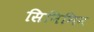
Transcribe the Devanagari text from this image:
सिनिगिन